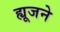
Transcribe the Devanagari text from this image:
ह्यूजने